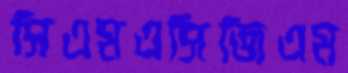
সিএমএসিজিএম